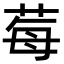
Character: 莓